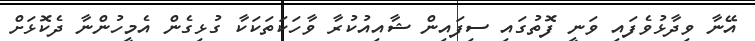
އޭނާ ވިދާޅުވެފައި ވަނީ ފޮތުގައި ސިފައިން ޝާއިއުކުރާ ވާހަކަތަކަކާ ގުޅިގެން އެމީހުންނާ ދެކޮޅަށް